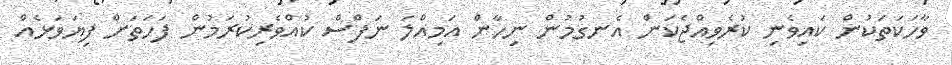
ވާހަކަތަކުން ކައިވެނި ކުރެވިއްޖެކަން އެނގުމުން ނިހާން އަމިއްލަ ނަފްސް ކުއްވެރިކުރަމުން ފަހަތަށް ފިޔަވަޅެއް